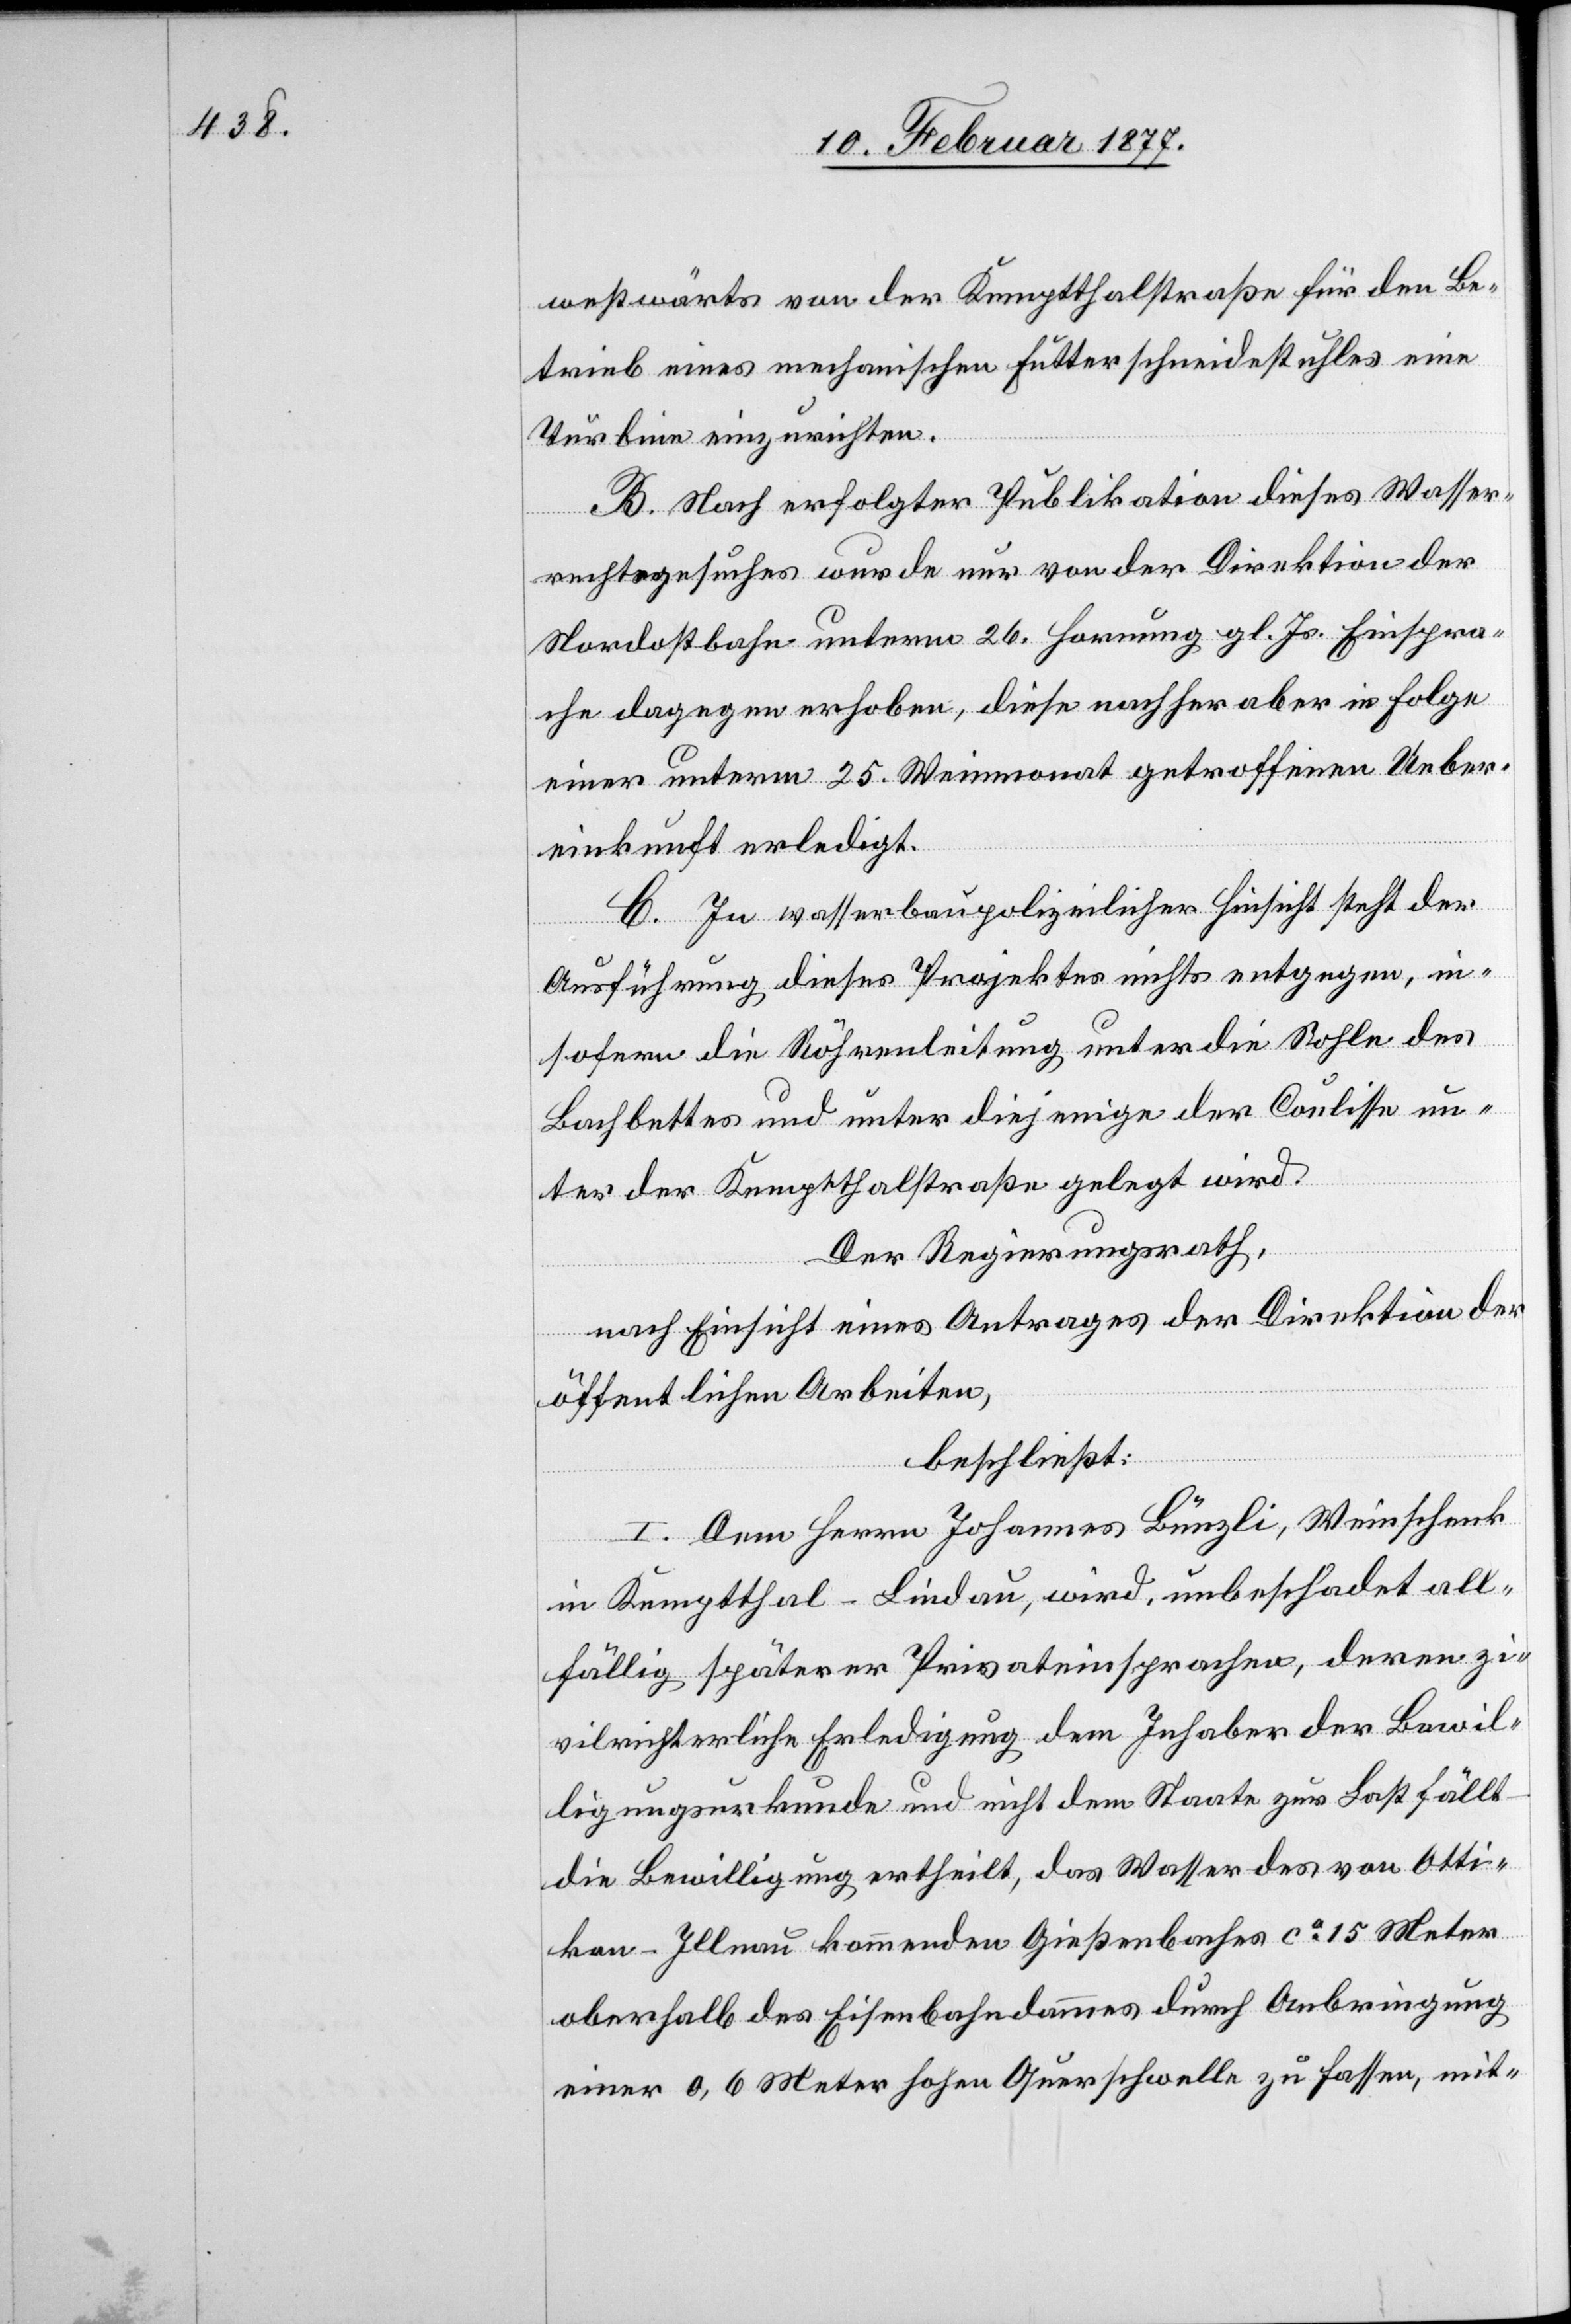
westwärts von der Kemptthalstraße für den Be¬
trieb eines mechanischen Futterschneidestuhles eine
Turbine einzurichten.
B. Nach erfolgter Publikation dieses Wasser¬
rechtsgesuches wurde nur von der Direktion der
Nordostbahn unterm 26. Hornung gl. Js. Einspra¬
che dagegen erhoben, diese nachher aber in Folge
einer unterm 25. Weinmonat getroffenen Ueber¬
einkunft erledigt.
C. In wasserbaupolizeilicher Hinsicht steht der
Ausführung dieses Projektes nichts entgegen, in¬
sofern die Röhrenleitung unter die Sohle des
Bachbettes und unter diejenige der Coulisse un¬
ter der Kemptthalerstraße gelegt wird.
Der Regierungsrath,
nach Einsicht eines Antrages der Direktion der
öffentlichen Arbeiten,
beschließt:
I. Dem Herrn Johannes Bünzli, Weinschenk
im Kemptthal - Lindau, wird, unbeschadet all¬
fällig späterer Privateinsprachen, deren zi¬
vilrichterliche Erledigung dem Inhaber der Bewil¬
ligungsurkunde und nicht dem Staate zur Last fällt
die Bewilligung ertheilt, das Wasser des von Otti¬
kon - Illnau kommenden Gießenbaches ca 15 Meter
oberhalb des Eisenbahndammes durch Anbringung
einer 0,6 Meter hohen Querschwelle zu fassen, mit-